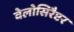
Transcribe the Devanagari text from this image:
वेलोसिरैप्टर